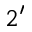
2 ^ { \prime }